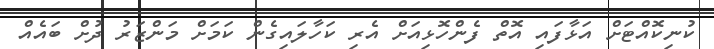
ކުނިކޮއްޓަށް އަޅާފައި އޮތް ފެންހޮޅިއަށް އެރި ކަހާލައިގެން ކަމަށް މަންޒަރު ދުށް ބައެއް